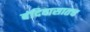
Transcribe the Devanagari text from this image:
बंदिवासातच